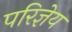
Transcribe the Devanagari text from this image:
परिज्ञेय